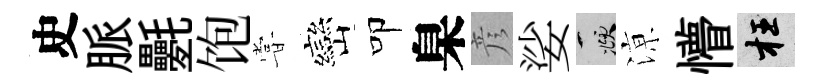
史脈氎饱甞巒叩臬彦娑頫鿌懵枉